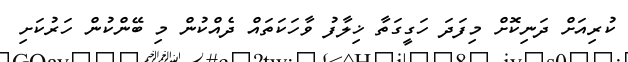
ކުރިއަށް ދަނިކޮށް މިފަދަ ހަގީގަތާ ޚިލާފު ވާހަކަތައް ދެއްކުން މި ބޭންކުން ހަރުކަށި